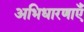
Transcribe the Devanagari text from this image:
अभिधारणाएँ